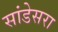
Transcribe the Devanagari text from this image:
सांडेसरा